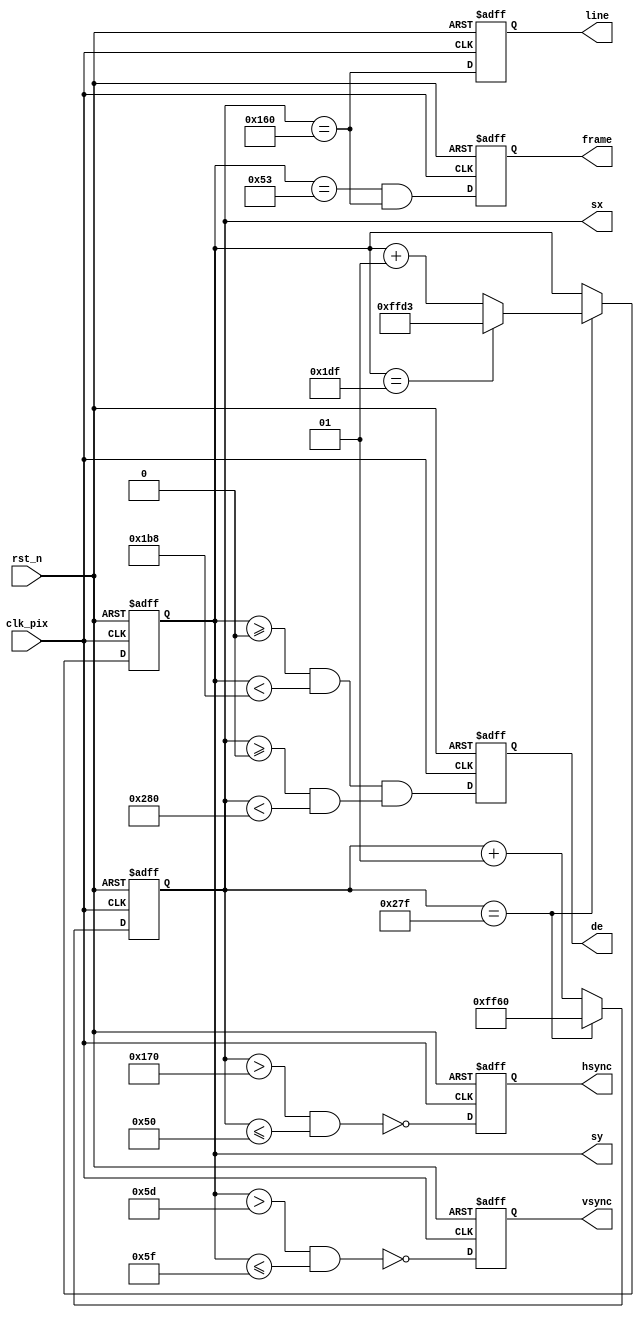
module display_480p #(
        parameter CORDW = 16,
        parameter H_RES = 640,
        parameter V_RES = 480,
        parameter H_FP = 16,
        parameter H_SYNC = 96,
        parameter H_BP = 48,
        parameter V_FP = 10,
        parameter V_SYNC = 2,
        parameter V_BP = 33,
        parameter H_POL = 0,
        parameter V_POL = 0,
        parameter H_OFFSET = 1,
        parameter SCALE = 8,
        parameter CHARA_WIDTH = 8,
        parameter CHARA_HEIGHT = 11,
        parameter GRID_ROW = 5,
        parameter GRID_COL = 10,
        parameter signed  H_STA = -((H_FP + H_SYNC) + H_BP),
        parameter signed  V_STA = -((V_FP + V_SYNC) + V_BP)
 )(
        input wire clk_pix,                
        input wire rst_n,                
        output reg hsync = 1,                 
        output reg vsync = 1,                  
        output reg de = 0,                     
        output reg frame = 0,                  
        output reg line = 0,                   
        output reg signed [CORDW - 1:0] sx = H_STA,
        output reg signed [CORDW - 1:0] sy = V_STA
);
        

        localparam signed  HS_STA = H_STA + H_FP;
        localparam signed  HS_END = HS_STA + H_SYNC;
        localparam signed  HA_STA = 0;
        localparam signed  HA_END = H_RES - 1;
        
        localparam signed  VS_STA = V_STA + V_FP;
        localparam signed  VS_END = VS_STA + V_SYNC;
        localparam signed  VA_STA = 0;
        localparam signed  VA_END = V_RES - 1;
        
        // reg signed [CORDW - 1:0] x;
        // reg signed [CORDW - 1:0] y;

        
        always @(posedge clk_pix or negedge rst_n) begin
                if (!rst_n) begin
                        hsync <= (H_POL ? 0 : 1);
                        vsync <= (V_POL ? 0 : 1);
                end
                else begin                
                        hsync <= (H_POL ? (sx > HS_STA) && (sx <= HS_END) : ~((sx > HS_STA) && (sx <= HS_END)));
                        vsync <= (V_POL ? (sy > VS_STA) && (sy <= VS_END) : ~((sy > VS_STA) && (sy <= VS_END)));
                end
        end
        always @(posedge clk_pix or negedge rst_n) begin
                if (!rst_n) begin
                        de <= 0;
                        frame <= 0;
                        line <= 0;
                end
                else begin                
                        de <= (sy >= VA_STA && sy < CHARA_HEIGHT*SCALE*GRID_ROW) && (sx >= HA_STA && sx < CHARA_WIDTH*SCALE*GRID_COL);
                        frame <= (sy == V_STA) && (sx == H_STA);
                        line <= sx == H_STA;
                end
        end
        always @(posedge clk_pix or negedge rst_n) begin
                if (!rst_n) begin
                        sx <= H_STA;
                        sy <= V_STA;
                end                
                else if (sx == HA_END) begin
                        sx <= H_STA;
                        sy <= (sy == VA_END ? V_STA : sy + 1);
                end
                else
                        sx <= sx + 1;
        end

endmodule